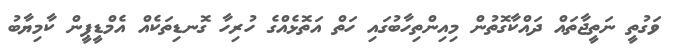
ވަގުތީ ނަތީޖާތައް ދައްކާގޮތުން މިއިންތިހާބުގައި ހަތް އަތޮޅެއްގެ ހުރިހާ ގޮނޑިތަކެއް އެމްޑީޕީން ކާމިޔާބު